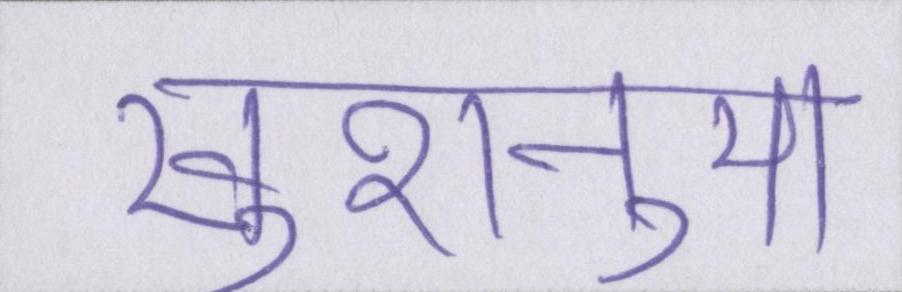
खुशनुमा